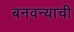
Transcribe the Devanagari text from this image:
बनवन्याची